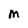
Character: M